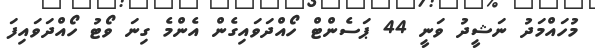
މުހައްމަދު ނަޝީދު ވަނީ 44 ޕަސެންޓް ހޯއްދަވައިގެން އެންމެ ގިނަ ވޯޓު ހޯއްދަވައިފަ